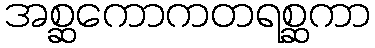
အစ္ဆကောကတရစ္ဆကာ